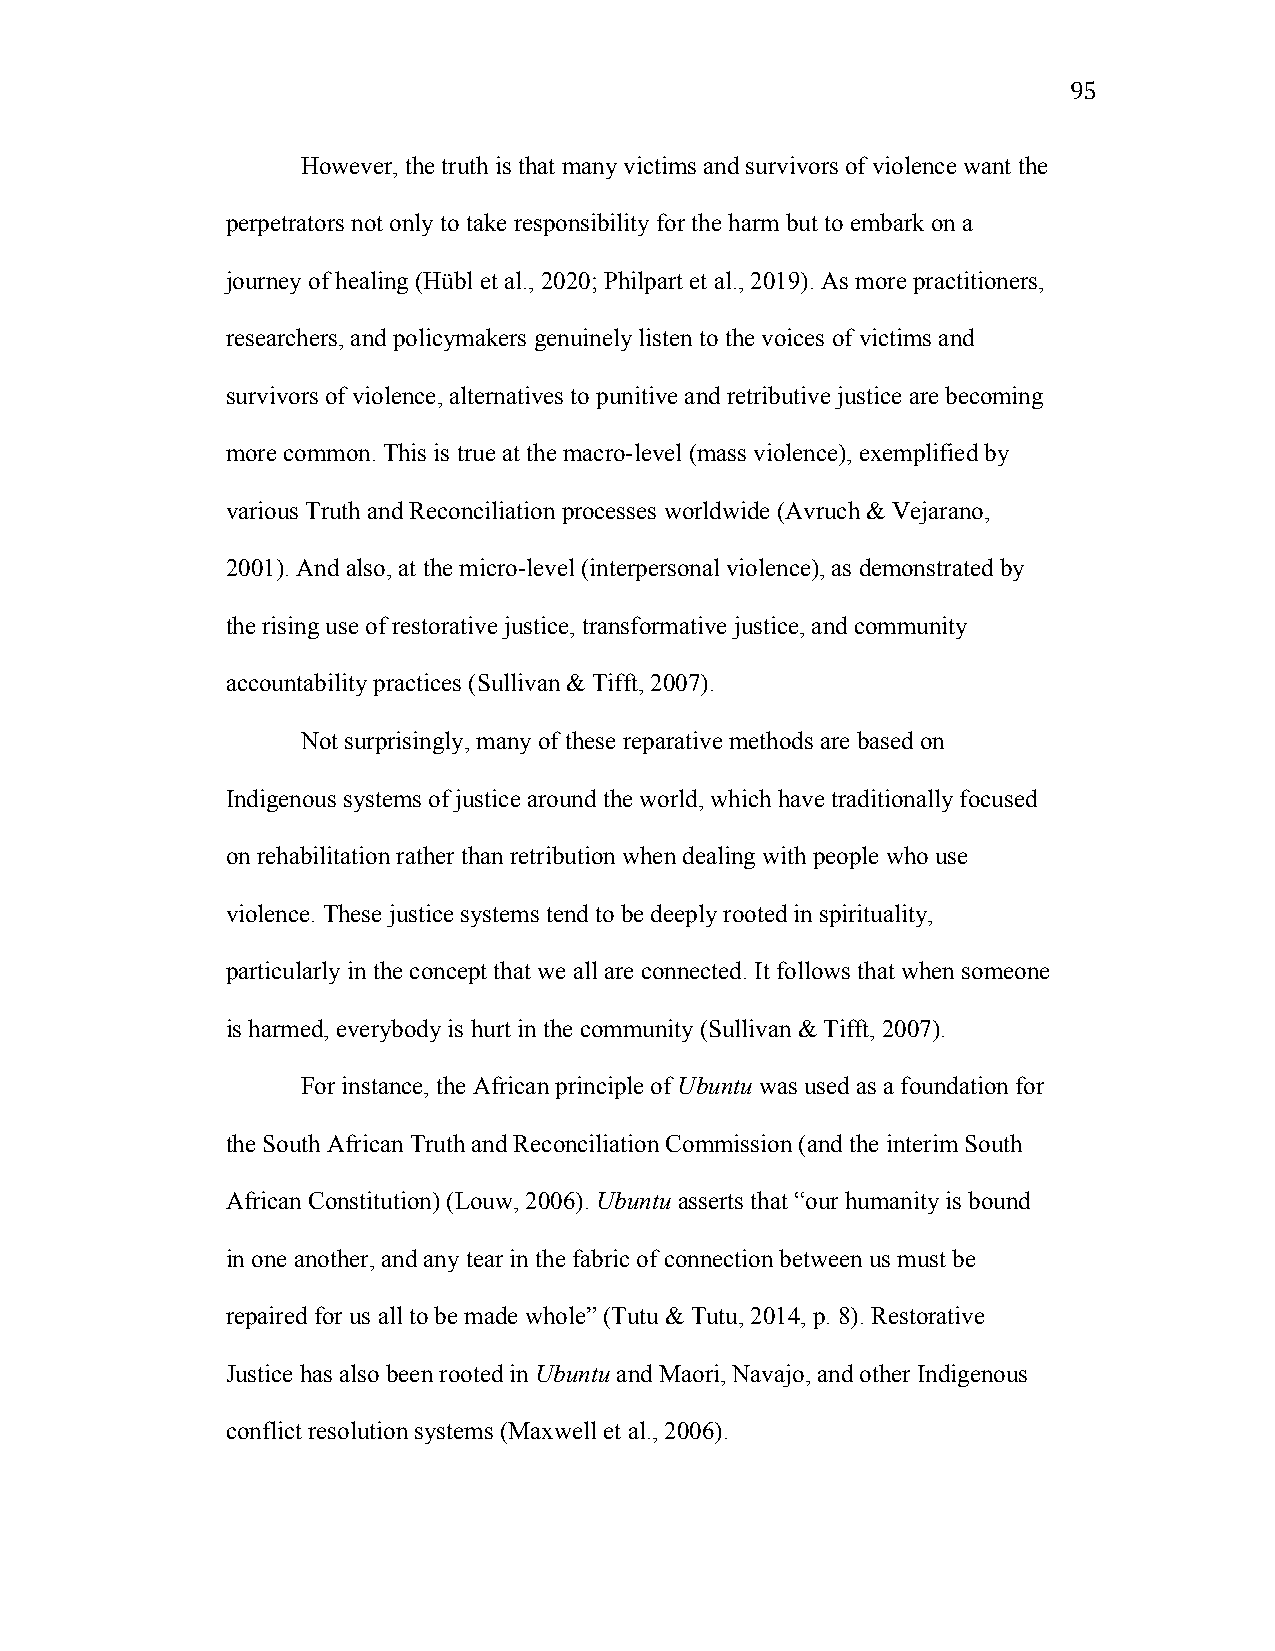
95
 However, the truth is that many victims and survivors of violence want the
 perpetrators not only to take responsibility for the harm but to embark on a
 journey of healing (Hübl et al., 2020; Philpart et al., 2019). As more practitioners,
 researchers, and policymakers genuinely listen to the voices of victims and
 survivors of violence, alternatives to punitive and retributive justice are becoming
 more common. This is true at the macro-level (mass violence), exemplified by
 various Truth and Reconciliation processes worldwide (Avruch & Vejarano,
 2001). And also, at the micro-level (interpersonal violence), as demonstrated by
 the rising use of restorative justice, transformative justice, and community
 accountability practices (Sullivan & Tifft, 2007).
 Not surprisingly, many of these reparative methods are based on
 Indigenous systems of justice around the world, which have traditionally focused
 on rehabilitation rather than retribution when dealing with people who use
 violence. These justice systems tend to be deeply rooted in spirituality,
 particularly in the concept that we all are connected. It follows that when someone
 is harmed, everybody is hurt in the community (Sullivan & Tifft, 2007).
 For instance, the African principle of Ubuntu was used as a foundation for
 the South African Truth and Reconciliation Commission (and the interim South
 African Constitution) (Louw, 2006). Ubuntu asserts that “our humanity is bound
 in one another, and any tear in the fabric of connection between us must be
 repaired for us all to be made whole” (Tutu & Tutu, 2014, p. 8). Restorative
 Justice has also been rooted in Ubuntu and Maori, Navajo, and other Indigenous
 conflict resolution systems (Maxwell et al., 2006).